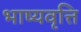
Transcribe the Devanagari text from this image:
भाष्यवृत्ति